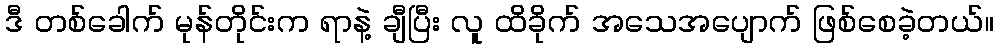
ဒီ တစ်ခေါက် မုန်တိုင်းက ရာနဲ့ ချီပြီး လူ ထိခိုက် အသေအပျောက် ဖြစ်စေခဲ့တယ်။